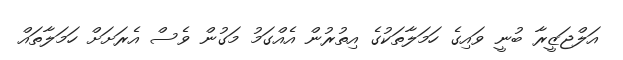
އަލްޖަޒީރާ ބުނީ ވައިގެ ހަމަލާތަކުގެ އިތުރުން އެއްގަމު މަގުން ވެސް އެރަށަށް ހަމަލާތައް